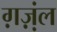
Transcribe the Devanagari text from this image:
ग़ज़्‍ाल